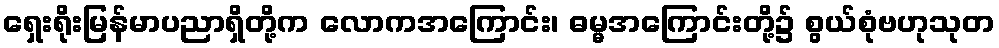
ရှေးရိုးမြန်မာပညာရှိတို့က လောကအကြောင်း၊ ဓမ္မအကြောင်းတို့၌ စွယ်စုံဗဟုသုတ